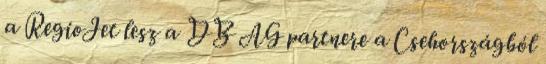
a RegioJet lesz a DB AG partnere a Csehországból